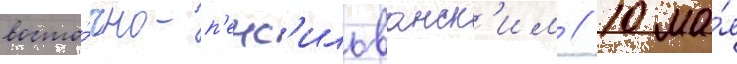
восто́чно-п'енс'ильванск'им // 10 ма́я